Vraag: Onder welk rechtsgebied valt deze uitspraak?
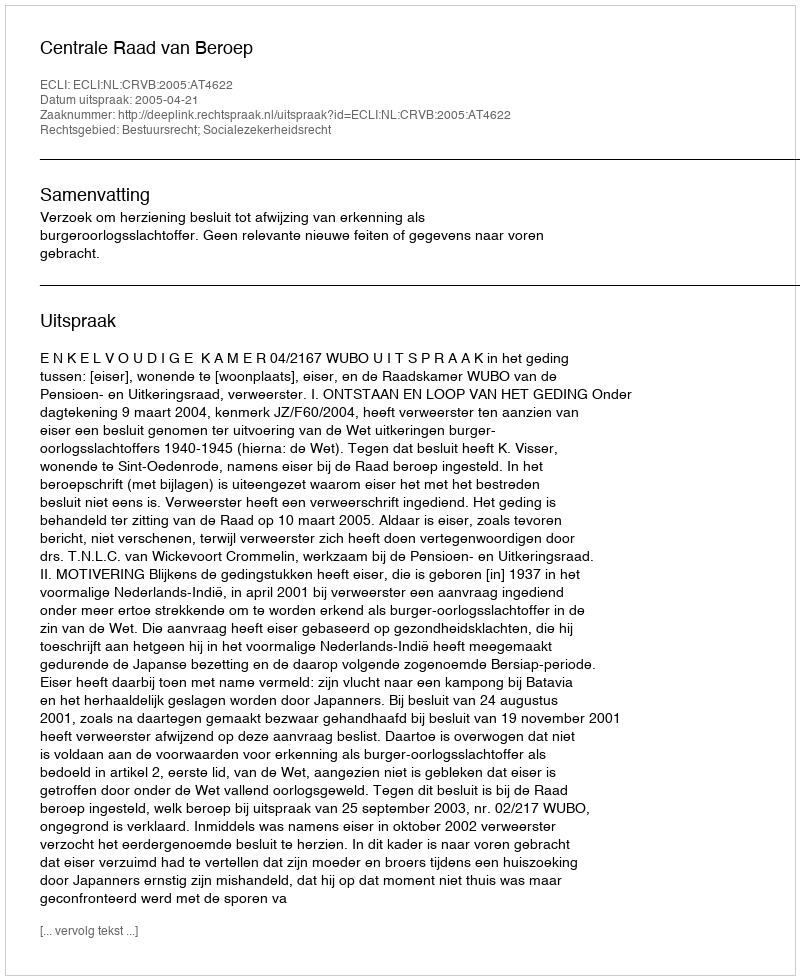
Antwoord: Bestuursrecht; Socialezekerheidsrecht